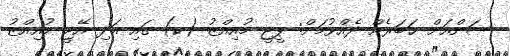
ސަންއަށް ޚަބަރެއް ދެއްވުމަށް: ޕީޖީ މުއިއްޒު (ކ) ގައި އަދި އޭޖީ މުއިއްޒު